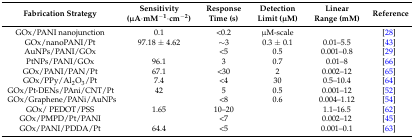
<table><thead><tr><td><b>Fabrication Strategy</b></td><td><b>Sensitivity (μA·mM<sup>−1</sup>·cm<sup>−2</sup>)</b></td><td><b>Response Time (s)</b></td><td><b>Detection Limit (μM)</b></td><td><b>Linear Range (mM)</b></td><td><b>Reference</b></td></tr></thead><tbody><tr><td>GOx/PANI nanojunction</td><td>0.1</td><td>&lt;0.2</td><td>μM-scale</td><td></td><td>[28]</td></tr><tr><td>GOx/nanoPANI/Pt</td><td>97.18 ± 4.62</td><td>∼3</td><td>0.3 ± 0.1</td><td>0.01–5.5</td><td>[43]</td></tr><tr><td>AuNPs/PANI/GOx</td><td></td><td>&lt;5</td><td>0.5</td><td>0.001–0.8</td><td>[29]</td></tr><tr><td>PtNPs/PANI/GOx</td><td>96.1</td><td>3</td><td>0.7</td><td>0.01–8</td><td>[66]</td></tr><tr><td>GOx/PANI/PAN/Pt</td><td>67.1</td><td>&lt;30</td><td>2</td><td>0.002–12</td><td>[65]</td></tr><tr><td>GOx/PPy/Al<sub>2</sub>O<sub>3</sub>/Pt</td><td>7.4</td><td>&lt;4</td><td>30</td><td>0.5–10.4</td><td>[64]</td></tr><tr><td>GOx/Pt-DENs/PAni/CNT/Pt</td><td>42</td><td>5</td><td>0.5</td><td>0.001–12</td><td>[52]</td></tr><tr><td>GOx/Graphene/PANi/AuNPs</td><td></td><td>&lt;8</td><td>0.6</td><td>0.004–1.12</td><td>[54]</td></tr><tr><td>GOx/ PEDOT/PSS</td><td>1.65</td><td>10–20</td><td></td><td>1.1–16.5</td><td>[62]</td></tr><tr><td>GOx/PMPD/Pt/PANI</td><td></td><td>&lt;7</td><td></td><td>0.002–12</td><td>[45]</td></tr><tr><td>GOx/PANI/PDDA/Pt</td><td>64.4</td><td>&lt;5</td><td></td><td>0.001–0.1</td><td>[63]</td></tr></tbody></table>